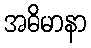
အဓိမာနာ